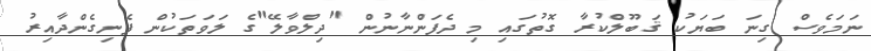
ނަމަވެސް ގިނަ ބަޔަކު ޤަބޫލްކުރާ ގޮތުގައި މި ދެފަންނާނުން "ދިލްވާލޭ"ގެ ލަވަތަކުން ފެނިގެންދާއިރު